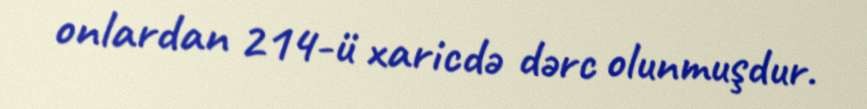
onlardan 214-ü xaricdə dərc olunmuşdur.